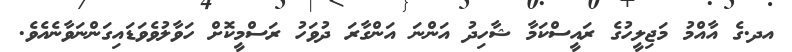
އދ.ގެ އާއްމު މަޖިލީހުގެ ރައީސްކަމާ ޝާހިދު އަންނަ އަންގާރަ ދުވަހު ރަސްމީކޮށް ހަވާލުވެވަޑައިގަންނަވާނެއެވެ.